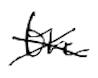
Text: the
Cross-out: cross
Writing tool: digital_black